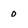
Character: 0